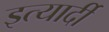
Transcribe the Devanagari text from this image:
इत्यार्दी